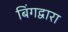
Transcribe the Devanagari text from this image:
बिंगद्वारा